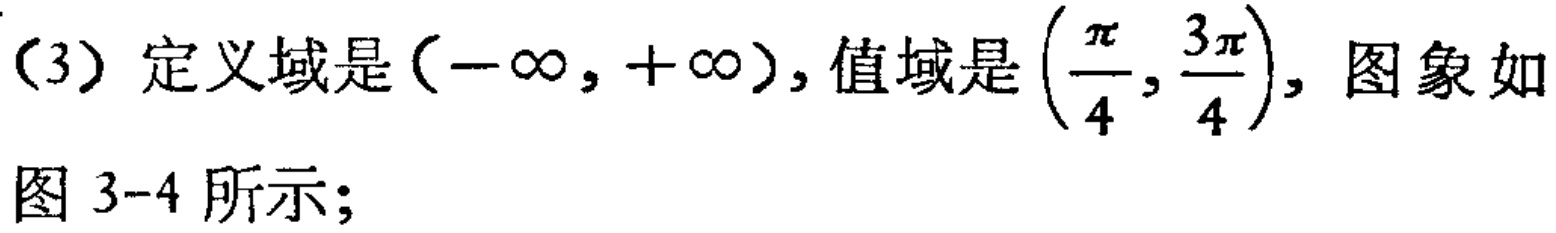
（3）定义域是\((-\infty,+\infty)\)，值域是\(\left(\frac{\pi}{4},\frac{3\pi}{4}\right)\)，图象如图 3-4 所示；